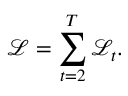
\mathcal { L } = \sum _ { t = 2 } ^ { T } \mathcal { L } _ { t } .